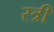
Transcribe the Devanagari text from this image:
स्त्रीं